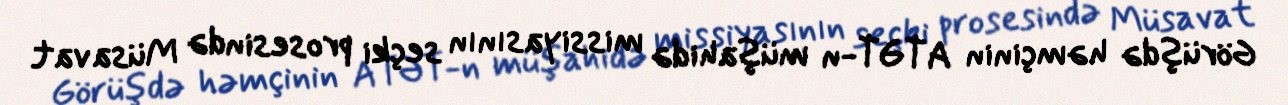
Görüşdə həmçinin ATƏT-n müşahidə missiyasının seçki prosesində Müsavat